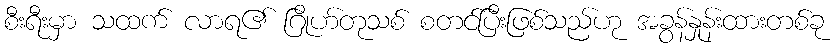
စီးရီးမှာ သထက် လာရ၏ ဂြိုဟ်တုသစ် စတင်ပြီးဖြစ်သည်ဟု အခွန်နှုန်းထားတစ်ခု